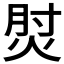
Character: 𰞧